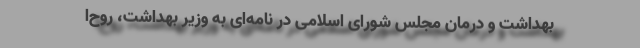
بهداشت و درمان مجلس شورای اسلامی در نامه‌ای به وزیر بهداشت، روح‌ا